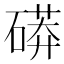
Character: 𥕊